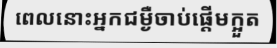
ពេលនោះអ្នកជម្ងឺចាប់ផ្តើមក្អួត